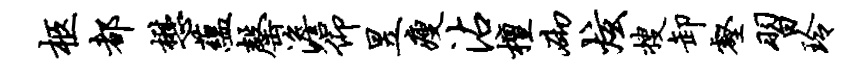
柩都懋蕴罄澹仰昱瘦沾檀砌炫搜卸壑习玲